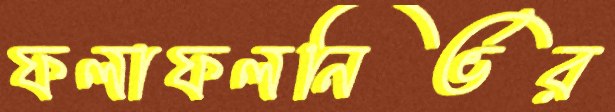
ফলাফলনির্ভর